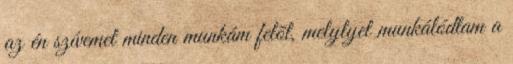
az én szívemet minden munkám felõl, melylyel munkálódtam a